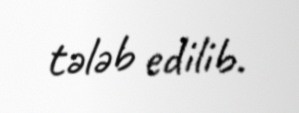
tələb edilib.